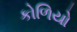
કોળિયો